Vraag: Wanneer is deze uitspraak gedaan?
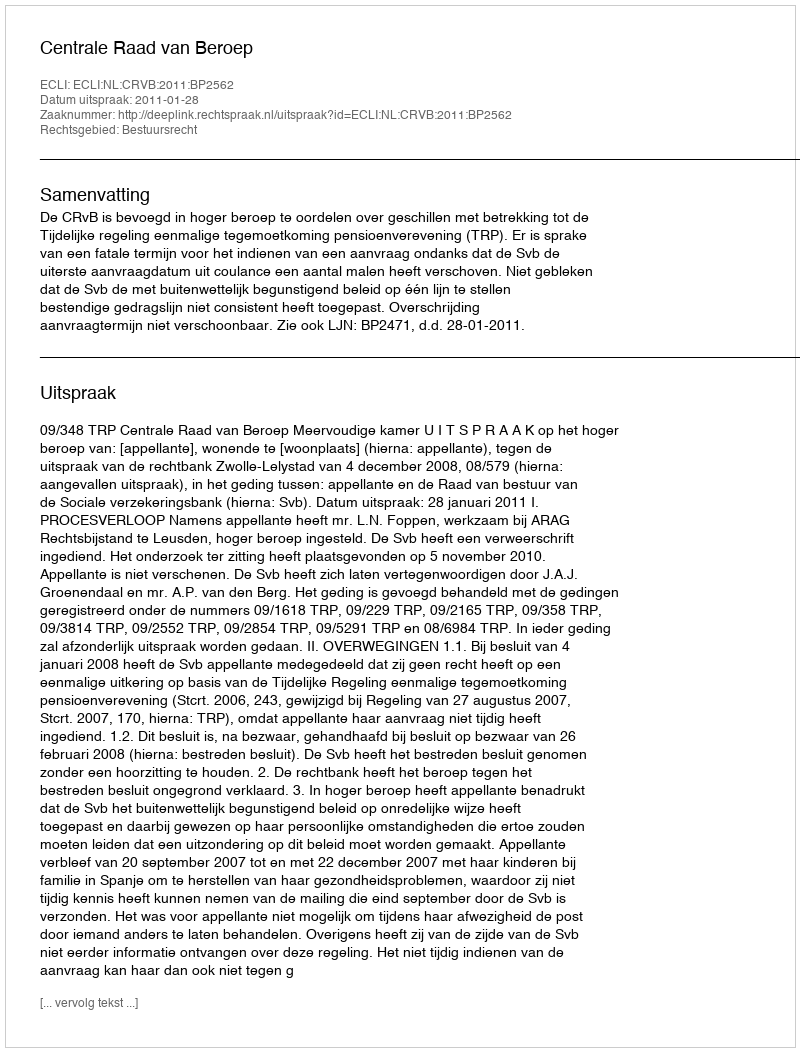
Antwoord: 2011-01-28